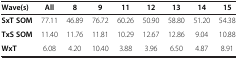
| Wave(s) | All | 8 | 9 | 11 | 12 | 13 | 14 | 15 |
 | --- | --- | --- | --- | --- | --- | --- | --- | --- |
 | SxT SOM | 77.11 | 46.89 | 76.72 | 60.26 | 50.90 | 58.80 | 51.20 | 54.38 |
 | TxS SOM | 11.40 | 11.76 | 11.81 | 10.29 | 12.67 | 12.86 | 9.04 | 10.88 |
 | WxT | 6.08 | 4.20 | 10.40 | 3.88 | 3.96 | 6.50 | 4.87 | 8.91 |